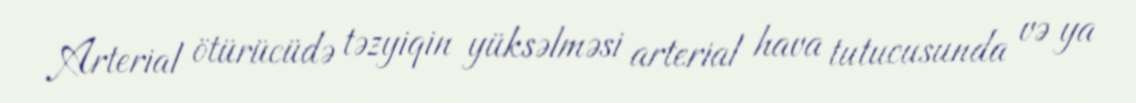
Arterial ötürücüdə təzyiqin yüksəlməsi arterial hava tutucusunda və ya